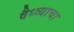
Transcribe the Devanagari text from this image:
वैध्व्याचा